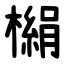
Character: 㯞